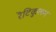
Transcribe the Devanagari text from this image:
रॆटिकुलम